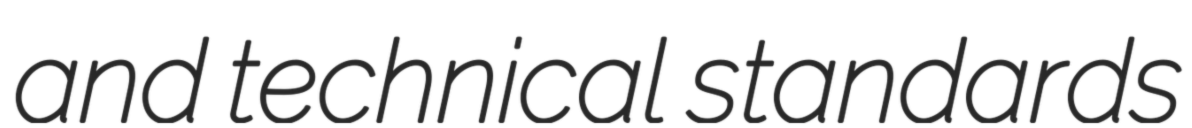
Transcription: and technical standards